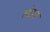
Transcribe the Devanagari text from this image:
सोडस